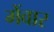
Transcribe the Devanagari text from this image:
मेंवार